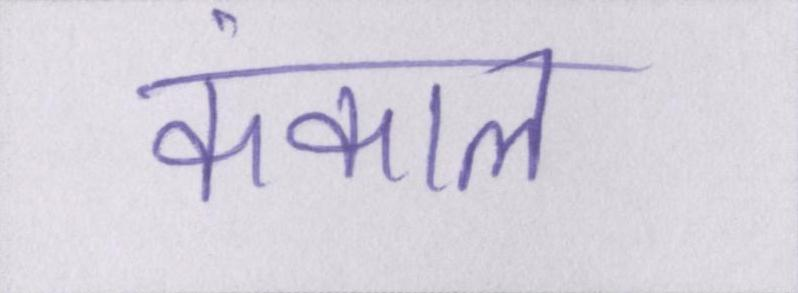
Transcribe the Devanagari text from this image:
कंकाल